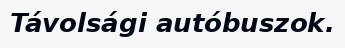
Távolsági autóbuszok.